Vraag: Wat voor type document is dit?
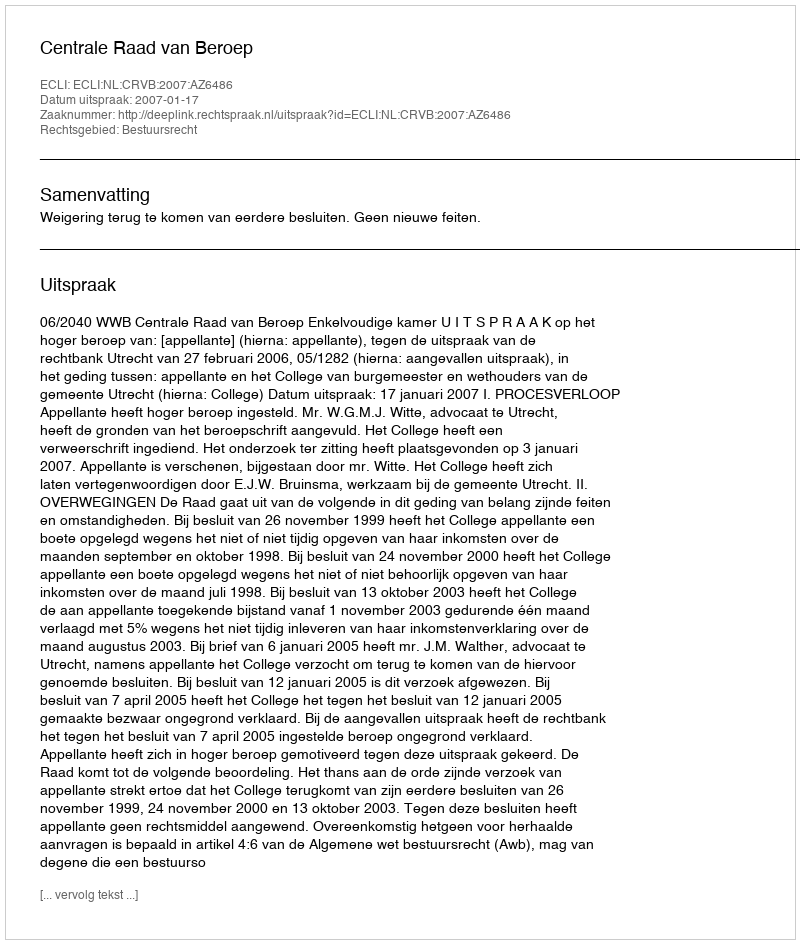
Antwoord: Uitspraak